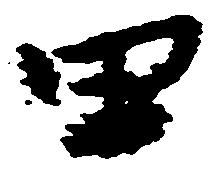
田